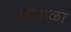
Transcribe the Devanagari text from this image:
सांगोळा